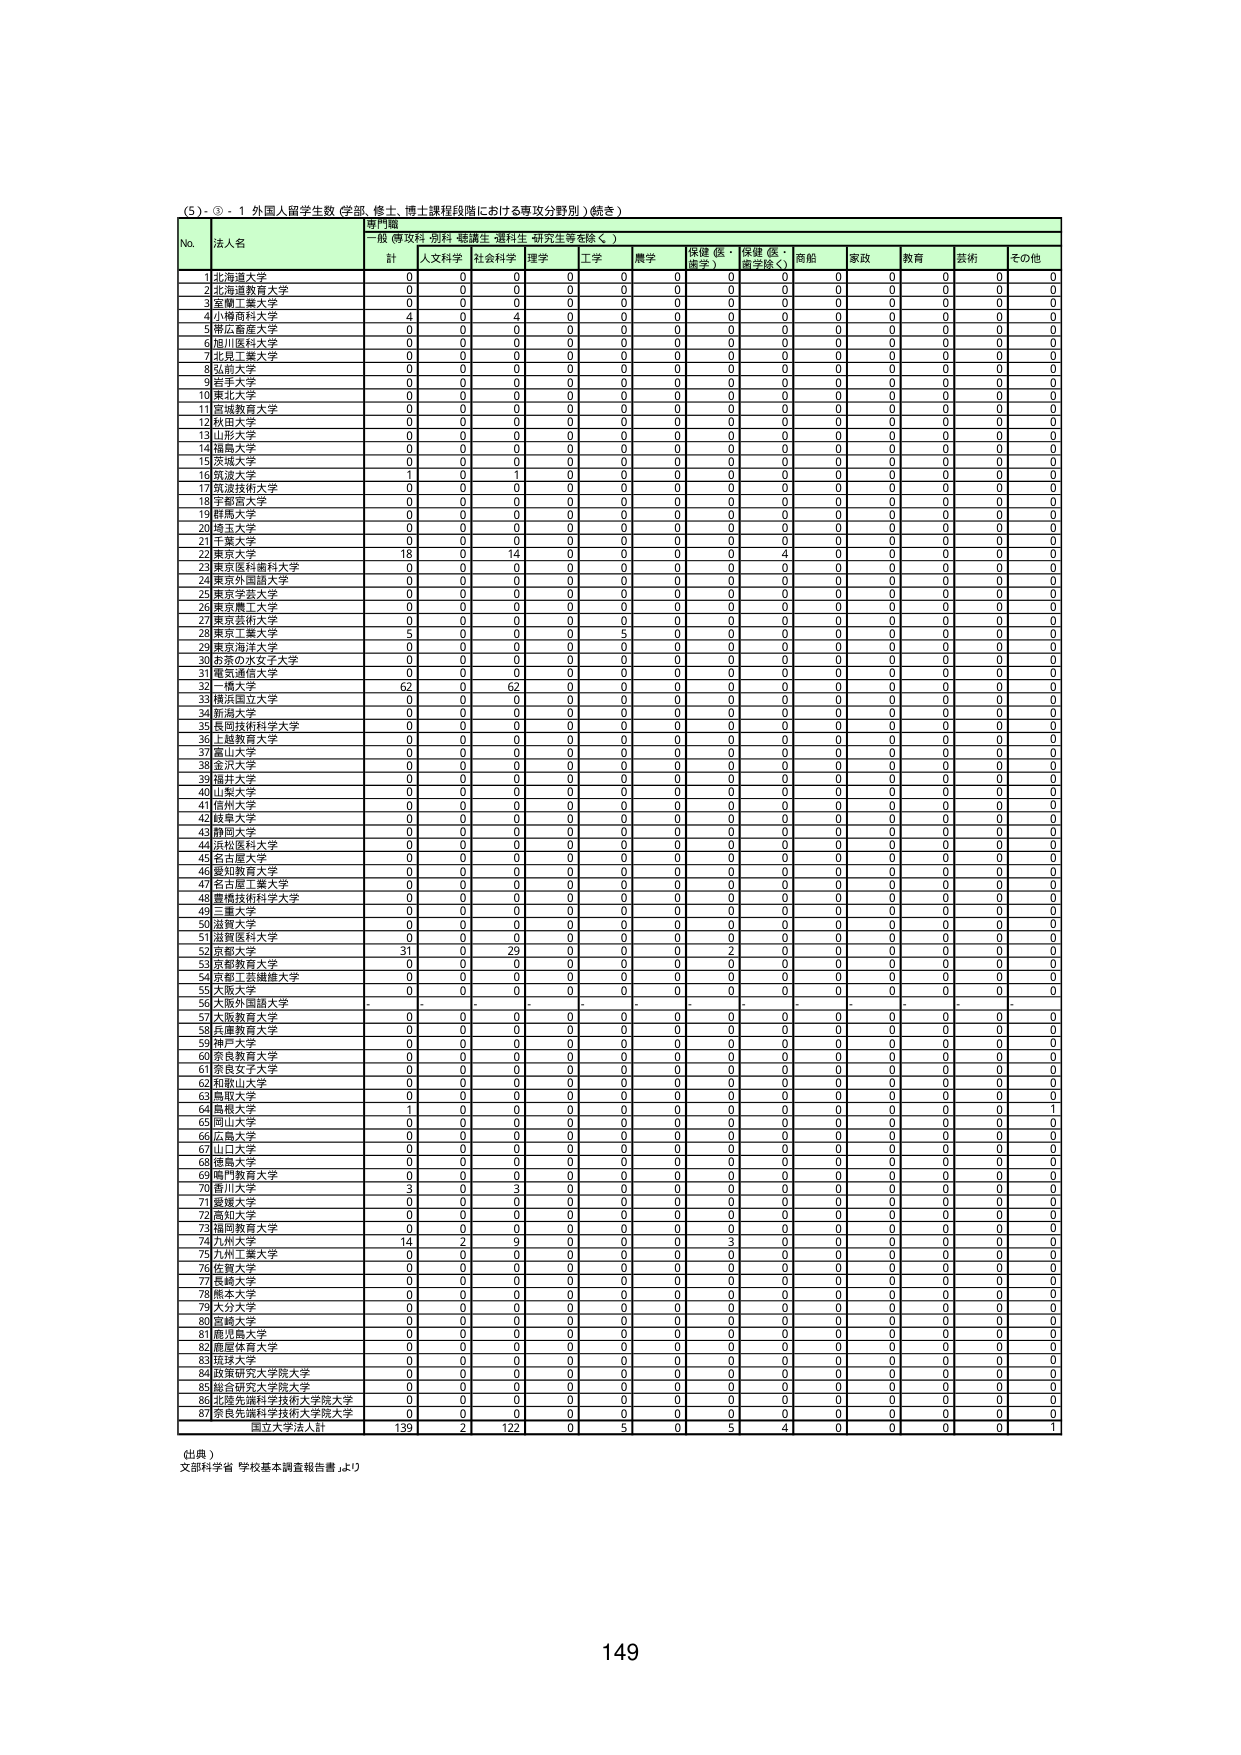
(5) ③ - 1 外国人留学生数（学部、修士、博士課程段階における専攻分野別）（続き）

専門職
一般（専攻科・別科・聴講生・選科生・研究生等を除く）

No. 法人名 計 人文科学 社会科学 理学 工学 農学 保健（医・歯学） 保健（医・歯学除く） 商船 家政 教育 芸術 その他

1 北海道大学 0 0 0 0 0 0 0 0 0 0 0 0 0
2 北海道教育大学 0 0 0 0 0 0 0 0 0 0 0 0 0
3 室蘭工業大学 0 0 0 0 0 0 0 0 0 0 0 0 0
4 小樽商科大学 4 0 4 0 0 0 0 0 0 0 0 0 0
5 帯広畜産大学 0 0 0 0 0 0 0 0 0 0 0 0 0
6 旭川医科大学 0 0 0 0 0 0 0 0 0 0 0 0 0
7 北見工業大学 0 0 0 0 0 0 0 0 0 0 0 0 0
8 弘前大学 0 0 0 0 0 0 0 0 0 0 0 0 0
9 岩手大学 0 0 0 0 0 0 0 0 0 0 0 0 0
10 東北大学 0 0 0 0 0 0 0 0 0 0 0 0 0
11 宮城教育大学 0 0 0 0 0 0 0 0 0 0 0 0 0
12 秋田大学 0 0 0 0 0 0 0 0 0 0 0 0 0
13 山形大学 0 0 0 0 0 0 0 0 0 0 0 0 0
14 福島大学 0 0 0 0 0 0 0 0 0 0 0 0 0
15 茨城大学 0 0 0 0 0 0 0 0 0 0 0 0 0
16 筑波大学 1 0 1 0 0 0 0 0 0 0 0 0 0
17 筑波技術大学 0 0 0 0 0 0 0 0 0 0 0 0 0
18 宇都宮大学 0 0 0 0 0 0 0 0 0 0 0 0 0
19 群馬大学 0 0 0 0 0 0 0 0 0 0 0 0 0
20 埼玉大学 0 0 0 0 0 0 0 0 0 0 0 0 0
21 千葉大学 0 0 0 0 0 0 0 0 0 0 0 0 0
22 東京大学 18 0 14 0 0 0 0 4 0 0 0 0 0
23 東京医科歯科大学 0 0 0 0 0 0 0 0 0 0 0 0 0
24 東京外国語大学 0 0 0 0 0 0 0 0 0 0 0 0 0
25 東京学芸大学 0 0 0 0 0 0 0 0 0 0 0 0 0
26 東京農工大学 0 0 0 0 0 0 0 0 0 0 0 0 0
27 東京芸術大学 0 0 0 0 0 0 0 0 0 0 0 0 0
28 東京工業大学 5 0 0 0 5 0 0 0 0 0 0 0 0
29 東京海洋大学 0 0 0 0 0 0 0 0 0 0 0 0 0
30 お茶の水女子大学 0 0 0 0 0 0 0 0 0 0 0 0 0
31 電気通信大学 0 0 0 0 0 0 0 0 0 0 0 0 0
32 一橋大学 62 0 62 0 0 0 0 0 0 0 0 0 0
33 横浜国立大学 0 0 0 0 0 0 0 0 0 0 0 0 0
34 新潟大学 0 0 0 0 0 0 0 0 0 0 0 0 0
35 長岡技術科学大学 0 0 0 0 0 0 0 0 0 0 0 0 0
36 上越教育大学 0 0 0 0 0 0 0 0 0 0 0 0 0
37 富山大学 0 0 0 0 0 0 0 0 0 0 0 0 0
38 金沢大学 0 0 0 0 0 0 0 0 0 0 0 0 0
39 福井大学 0 0 0 0 0 0 0 0 0 0 0 0 0
40 山梨大学 0 0 0 0 0 0 0 0 0 0 0 0 0
41 信州大学 0 0 0 0 0 0 0 0 0 0 0 0 0
42 岐阜大学 0 0 0 0 0 0 0 0 0 0 0 0 0
43 静岡大学 0 0 0 0 0 0 0 0 0 0 0 0 0
44 愛知県立大学 0 0 0 0 0 0 0 0 0 0 0 0 0
45 名古屋大学 0 0 0 0 0 0 0 0 0 0 0 0 0
46 愛知教育大学 0 0 0 0 0 0 0 0 0 0 0 0 0
47 名古屋工業大学 0 0 0 0 0 0 0 0 0 0 0 0 0
48 豊橋技術科学大学 0 0 0 0 0 0 0 0 0 0 0 0 0
49 三重大学 0 0 0 0 0 0 0 0 0 0 0 0 0
50 滋賀大学 0 0 0 0 0 0 0 0 0 0 0 0 0
51 滋賀医科大学 0 0 0 0 0 0 0 0 0 0 0 0 0
52 京都大学 31 0 29 0 0 0 2 0 0 0 0 0 0
53 京都教育大学 0 0 0 0 0 0 0 0 0 0 0 0 0
54 京都工芸繊維大学 0 0 0 0 0 0 0 0 0 0 0 0 0
55 大阪大学 0 0 0 0 0 0 0 0 0 0 0 0 0
56 大阪外国語大学 - - - - - - - - - - - - -
57 大阪教育大学 0 0 0 0 0 0 0 0 0 0 0 0 0
58 兵庫教育大学 0 0 0 0 0 0 0 0 0 0 0 0 0
59 神戸大学 0 0 0 0 0 0 0 0 0 0 0 0 0
60 奈良教育大学 0 0 0 0 0 0 0 0 0 0 0 0 0
61 奈良女子大学 0 0 0 0 0 0 0 0 0 0 0 0 0
62 和歌山大学 0 0 0 0 0 0 0 0 0 0 0 0 0
63 鳥取大学 0 0 0 0 0 0 0 0 0 0 0 0 0
64 島根大学 1 0 0 0 0 0 0 0 0 0 0 0 1
65 岡山大学 0 0 0 0 0 0 0 0 0 0 0 0 0
66 広島大学 0 0 0 0 0 0 0 0 0 0 0 0 0
67 山口大学 0 0 0 0 0 0 0 0 0 0 0 0 0
68 徳島大学 0 0 0 0 0 0 0 0 0 0 0 0 0
69 岡山教育大学 0 0 0 0 0 0 0 0 0 0 0 0 0
70 香川大学 3 0 3 0 0 0 0 0 0 0 0 0 0
71 愛媛大学 0 0 0 0 0 0 0 0 0 0 0 0 0
72 高知大学 0 0 0 0 0 0 0 0 0 0 0 0 0
73 福岡教育大学 0 0 0 0 0 0 0 0 0 0 0 0 0
74 九州大学 14 2 9 0 0 0 3 0 0 0 0 0 0
75 九州工業大学 0 0 0 0 0 0 0 0 0 0 0 0 0
76 佐賀大学 0 0 0 0 0 0 0 0 0 0 0 0 0
77 長崎大学 0 0 0 0 0 0 0 0 0 0 0 0 0
78 熊本大学 0 0 0 0 0 0 0 0 0 0 0 0 0
79 大分大学 0 0 0 0 0 0 0 0 0 0 0 0 0
80 宮崎大学 0 0 0 0 0 0 0 0 0 0 0 0 0
81 鹿児島大学 0 0 0 0 0 0 0 0 0 0 0 0 0
82 鹿屋体育大学 0 0 0 0 0 0 0 0 0 0 0 0 0
83 琉球大学 0 0 0 0 0 0 0 0 0 0 0 0 0
84 政策研究大学院大学 0 0 0 0 0 0 0 0 0 0 0 0 0
85 総合研究大学院大学 0 0 0 0 0 0 0 0 0 0 0 0 0
86 北陸先端科学技術大学院大学 0 0 0 0 0 0 0 0 0 0 0 0 0
87 奈良先端科学技術大学院大学 0 0 0 0 0 0 0 0 0 0 0 0 0

国立大学法人計 139 2 122 0 5 0 5 4 0 0 0 0 1

（出典）
文部科学省「学校基本調査報告書」より

149